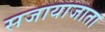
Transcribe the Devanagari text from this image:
सजायाजाता